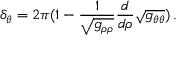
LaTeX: \delta _ { \theta } = 2 \pi ( 1 - \frac { 1 } { \sqrt { g _ { \rho \rho } } } \frac { d } { d \rho } \sqrt { g _ { \theta \theta } } ) \, .